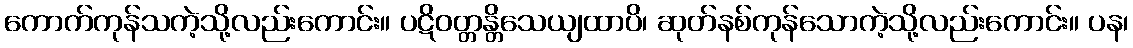
ကောက်ကုန်သကဲ့သို့လည်းကောင်း။ ပဋိဝတ္တန္တိသေယျထာပိ၊ ဆုတ်နစ်ကုန်သောကဲ့သို့လည်းကောင်း။ ပန၊